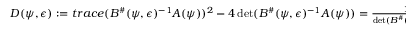
\begin{array} { r } { D ( \psi , \epsilon ) : = t r a c e ( B ^ { \# } ( \psi , \epsilon ) ^ { - 1 } A ( \psi ) ) ^ { 2 } - 4 \operatorname* { d e t } ( B ^ { \# } ( \psi , \epsilon ) ^ { - 1 } A ( \psi ) ) = \frac { 1 } { \operatorname* { d e t } ( B ^ { \# } ( \psi , \epsilon ) ) ^ { 2 } } \tilde { P } ( \psi , \epsilon ) } \end{array}